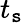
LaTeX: t_{\mathtt{s}}